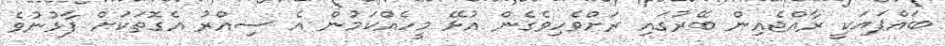
ބައްޕައަކީ ރާއްޖެއިން ބޭރުގައި ރަށްވެހިވެގެން އުޅޭ މީހެއްކަމުން އެ ސިއްރު އެގޮތަކަށް ފާޅުނުވެ